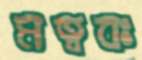
মত্ববঃ